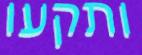
ותקעו